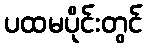
ပထမပိုင်းတွင်